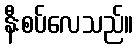
နီးစပ်လေသည်။